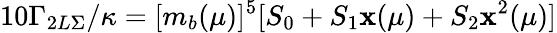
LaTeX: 10\Gamma_{2L\Sigma}/\kappa=[m_{b}(\mu)]^{5}[S_{0}+S_{1}\mathbf{x}(\mu)+S_{2}\mathbf{x}^{2}(\mu)]